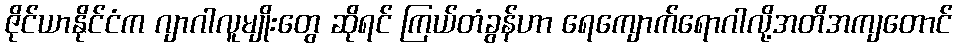
ဇိုင်ယာနိုင်ငံက ဂျာဂါလူမျိုးတွေ ဆိုရင် ကြယ်တံခွန်ဟာ ရေကျောက်ရောဂါလို့အတိအကျတောင်